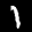
Digit: 1